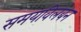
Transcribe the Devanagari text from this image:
समयविलंबन